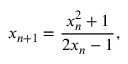
x _ { n + 1 } = { \frac { x _ { n } ^ { 2 } + 1 } { 2 x _ { n } - 1 } } ,